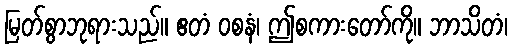
မြတ်စွာဘုရားသည်။ ဧတံ ဝစနံ၊ ဤစကားတော်ကို။ ဘာသိတံ၊